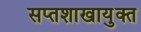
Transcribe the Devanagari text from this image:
सप्तशाखायुक्त